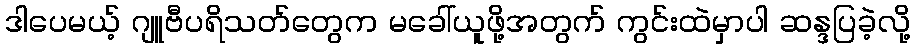
ဒါပေမယ့် ဂျူဗီပရိသတ်တွေက မခေါ်ယူဖို့အတွက် ကွင်းထဲမှာပါ ဆန္ဒပြခဲ့လို့